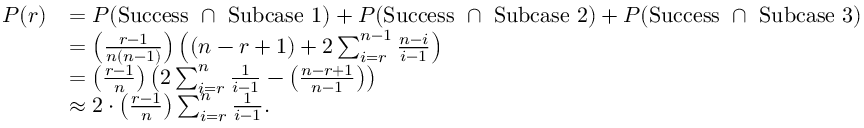
\begin{array} { r l } { P ( r ) } & { = P ( \mathrm { S u c c e s s ~ } \cap \mathrm { ~ S u b c a s e ~ 1 } ) + P ( \mathrm { S u c c e s s ~ } \cap \mathrm { ~ S u b c a s e ~ 2 } ) + P ( \mathrm { S u c c e s s ~ } \cap \mathrm { ~ S u b c a s e ~ 3 } ) } \\ & { = \left( \frac { r - 1 } { n ( n - 1 ) } \right) \left( ( n - r + 1 ) + 2 \sum _ { i = r } ^ { n - 1 } \frac { n - i } { i - 1 } \right) } \\ & { = \left( \frac { r - 1 } { n } \right) \left( 2 \sum _ { i = r } ^ { n } \frac { 1 } { i - 1 } - \left( \frac { n - r + 1 } { n - 1 } \right) \right) } \\ & { \approx 2 \cdot \left( \frac { r - 1 } { n } \right) \sum _ { i = r } ^ { n } \frac { 1 } { i - 1 } . } \end{array}